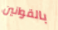
بالقوانين